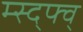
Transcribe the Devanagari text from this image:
म्स्द्फ्व्